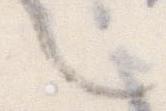
く